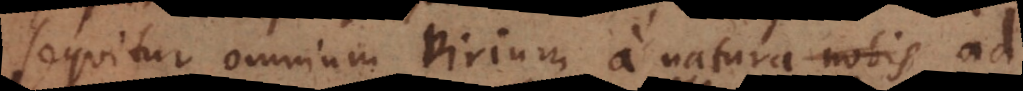
sequitur omnium virium a natura ad